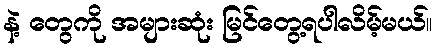
နဲ့ တွေကို အများဆုံး မြင်တွေ့ရပါလိမ့်မယ်။